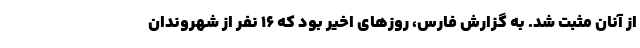
از آنان مثبت شد. به گزارش فارس، روزهای اخیر بود که ۱۶ نفر از شهروندان